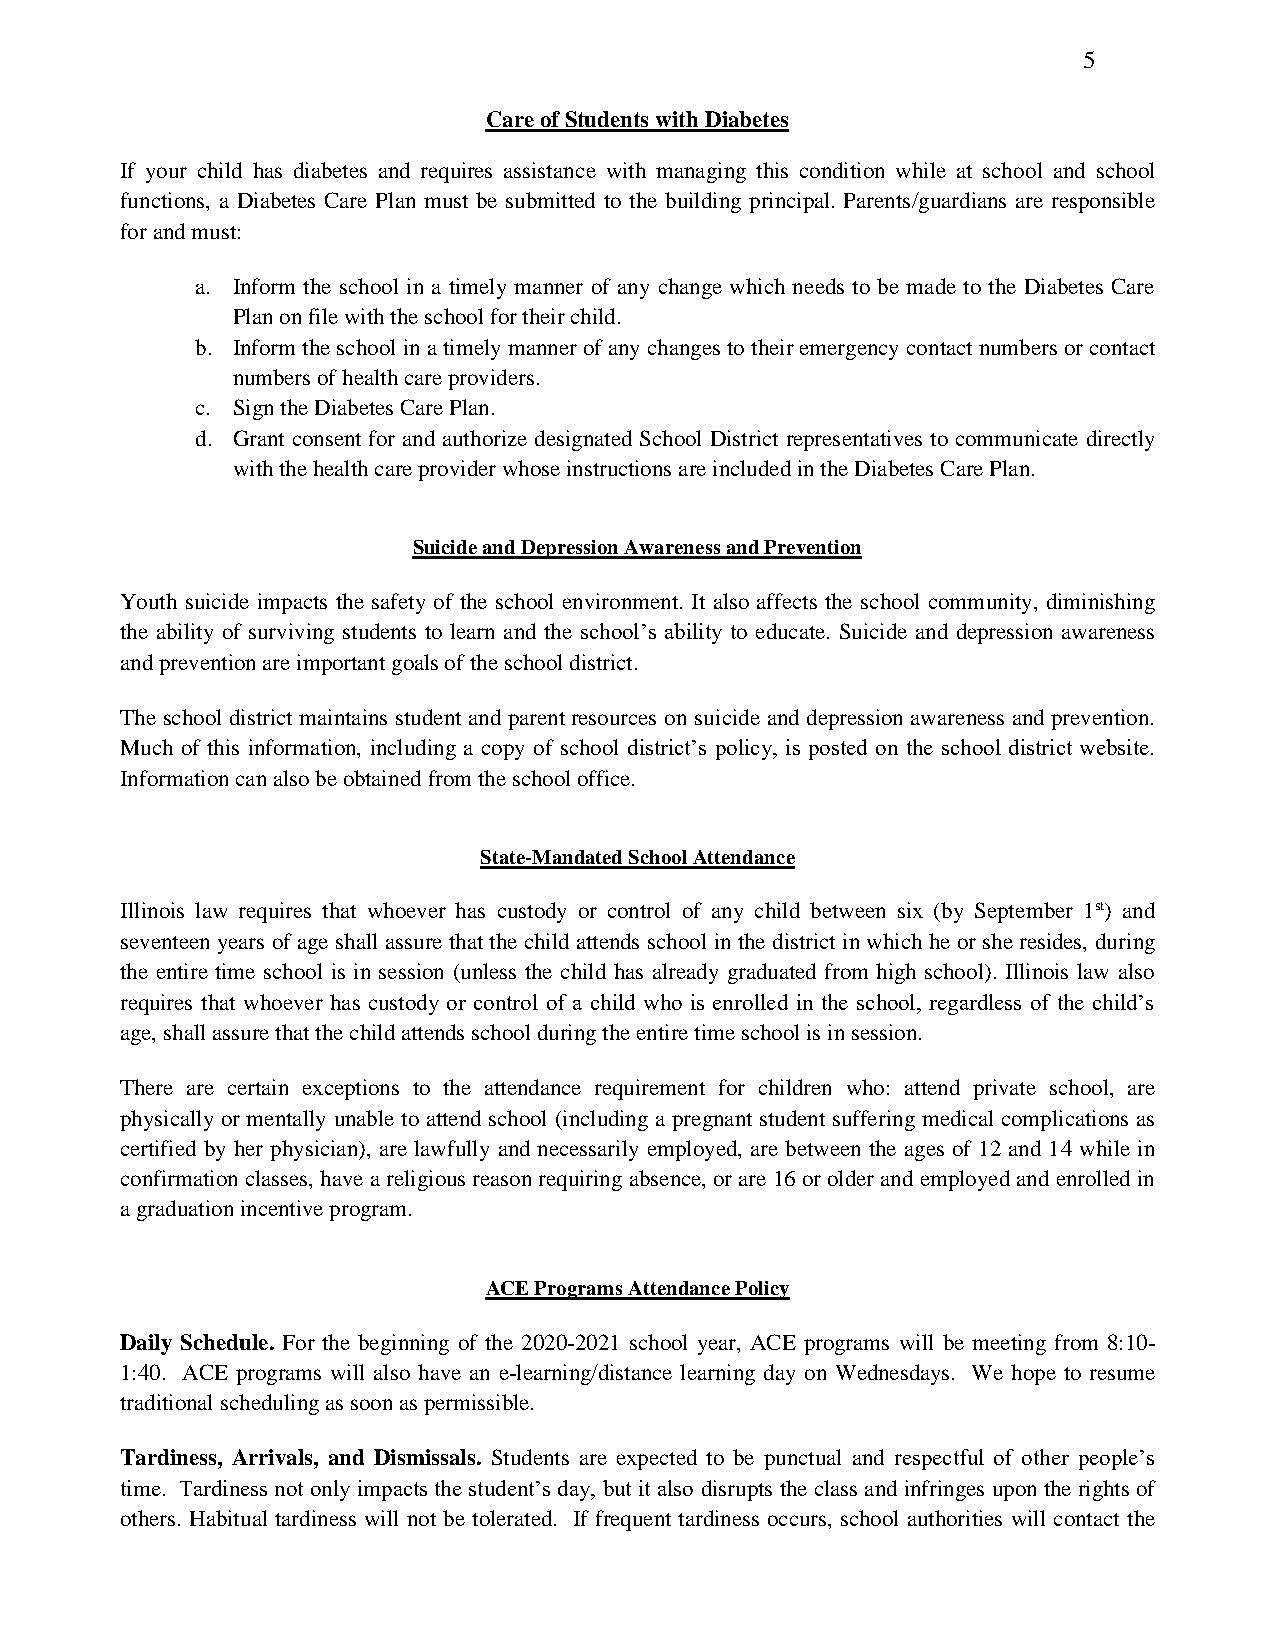
5
 Care of Students with Diabetes
 If your child has diabetes and requires assistance with managing this condition while at school and school
 functions, a Diabetes Care Plan must be submitted to the building principal. Parents/guardians are responsible
 for and must:
 a. Inform the school in a timely manner of any change which needs to be made to the Diabetes Care
 Plan on file with the school for their child.
 b. Inform the school in a timely manner of any changes to their emergency contact numbers or contact
 numbers of health care providers.
 c. Sign the Diabetes Care Plan.
 d. Grant consent for and authorize designated School District representatives to communicate directly
 with the health care provider whose instructions are included in the Diabetes Care Plan.
 Suicide and Depression Awareness and Prevention
 Youth suicide impacts the safety of the school environment. It also affects the school community, diminishing
 the ability of surviving students to learn and the school’s ability to educate. Suicide and depression awareness
 and prevention are important goals of the school district.
 The school district maintains student and parent resources on suicide and depression awareness and prevention.
 Much of this information, including a copy of school district’s policy, is posted on the school district website.
 Information can also be obtained from the school office.
 State-Mandated School Attendance
 Illinois law requires that whoever has custody or control of any child between six (by September 1st) and
 seventeen years of age shall assure that the child attends school in the district in which he or she resides, during
 the entire time school is in session (unless the child has already graduated from high school). Illinois law also
 requires that whoever has custody or control of a child who is enrolled in the school, regardless of the child’s
 age, shall assure that the child attends school during the entire time school is in session.
 There are certain exceptions to the attendance requirement for children who: attend private school, are
 physically or mentally unable to attend school (including a pregnant student suffering medical complications as
 certified by her physician), are lawfully and necessarily employed, are between the ages of 12 and 14 while in
 confirmation classes, have a religious reason requiring absence, or are 16 or older and employed and enrolled in
 a graduation incentive program.
 ACE Programs Attendance Policy
 Daily Schedule. For the beginning of the 2020-2021 school year, ACE programs will be meeting from 8:10-
 1:40. ACE programs will also have an e-learning/distance learning day on Wednesdays. We hope to resume
 traditional scheduling as soon as permissible.
 Tardiness, Arrivals, and Dismissals. Students are expected to be punctual and respectful of other people’s
 time. Tardiness not only impacts the student’s day, but it also disrupts the class and infringes upon the rights of
 others. Habitual tardiness will not be tolerated. If frequent tardiness occurs, school authorities will contact the